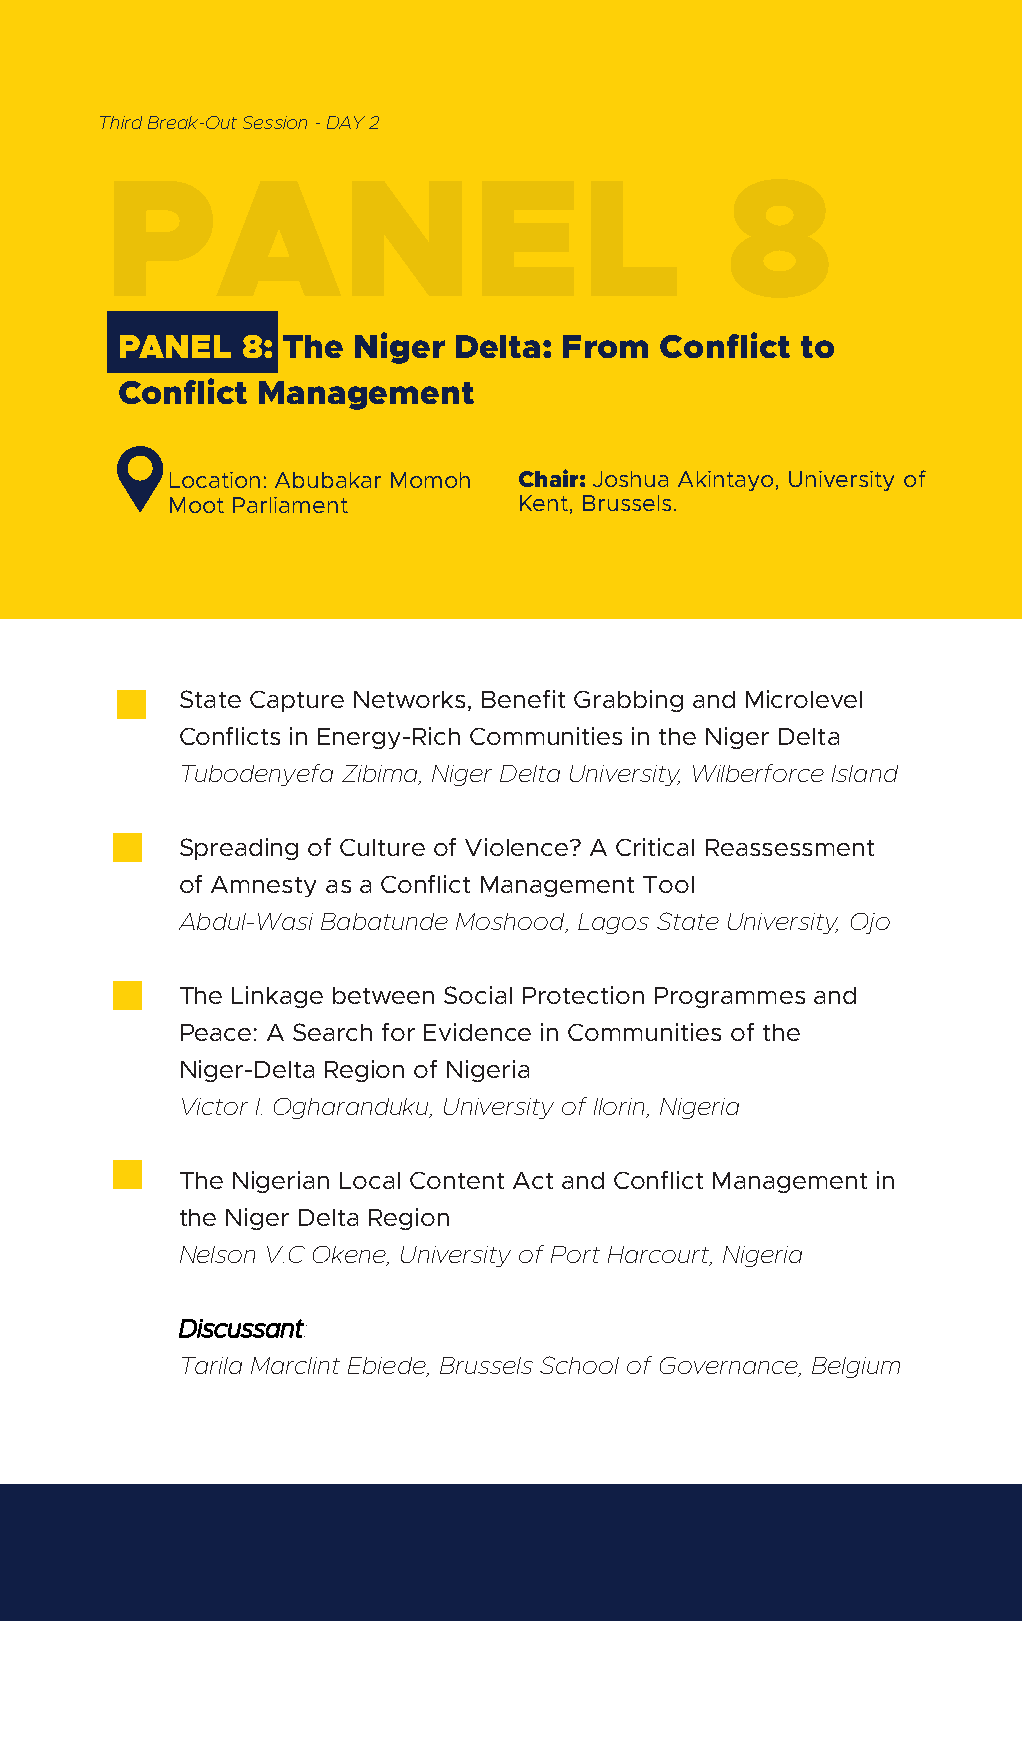
Third Break-Out Session - DAY 2
 PANEL                                    8
 PANEL   8: The Niger  Delta: From   Conflict to
 Conflict Management
 Location: Abubakar Momoh Chair: Joshua Akintayo, University of
 Moot Parliament        Kent, Brussels.
 State Capture Networks, Benefit Grabbing and Microlevel
 Conflicts in Energy-Rich Communities in the Niger Delta
 Tubodenyefa Zibima, Niger Delta University, Wilberforce Island
 Spreading of Culture of Violence? A Critical Reassessment
 of Amnesty as a Conflict Management Tool
 Abdul-Wasi Babatunde Moshood, Lagos State University, Ojo
 The Linkage between Social Protection Programmes and
 Peace: A Search for Evidence in Communities of the
 Niger-Delta Region of Nigeria
 Victor I. Ogharanduku, University of Ilorin, Nigeria
 The Nigerian Local Content Act and Conflict Management in
 the Niger Delta Region
 Nelson V.C Okene, University of Port Harcourt, Nigeria
 Discussant:
 Tarila Marclint Ebiede, Brussels School of Governance, Belgium